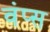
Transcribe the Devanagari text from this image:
वंप्स